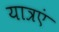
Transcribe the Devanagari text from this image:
यात्रएं